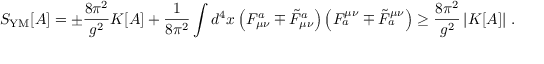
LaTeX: S _ { \mathrm { Y M } } [ A ] = \pm \frac { 8 \pi ^ { 2 } } { g ^ { 2 } } K [ A ] + \frac { 1 } { 8 \pi ^ { 2 } } \int d ^ { 4 } x \left( F _ { \mu \nu } ^ { a } \mp \tilde { F } _ { \mu \nu } ^ { a } \right) \left( F _ { a } ^ { \mu \nu } \mp \tilde { F } _ { a } ^ { \mu \nu } \right) \geq \frac { 8 \pi ^ { 2 } } { g ^ { 2 } } \left| K [ A ] \right| \, .